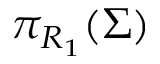
\pi _ { R _ { 1 } } ( \Sigma )